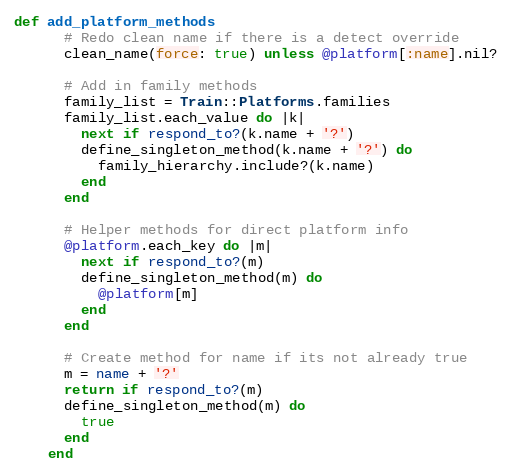
Language: Ruby
def add_platform_methods
      # Redo clean name if there is a detect override
      clean_name(force: true) unless @platform[:name].nil?

      # Add in family methods
      family_list = Train::Platforms.families
      family_list.each_value do |k|
        next if respond_to?(k.name + '?')
        define_singleton_method(k.name + '?') do
          family_hierarchy.include?(k.name)
        end
      end

      # Helper methods for direct platform info
      @platform.each_key do |m|
        next if respond_to?(m)
        define_singleton_method(m) do
          @platform[m]
        end
      end

      # Create method for name if its not already true
      m = name + '?'
      return if respond_to?(m)
      define_singleton_method(m) do
        true
      end
    end